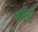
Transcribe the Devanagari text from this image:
चॉन्य्